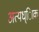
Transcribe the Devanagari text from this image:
अत्यध्ािक